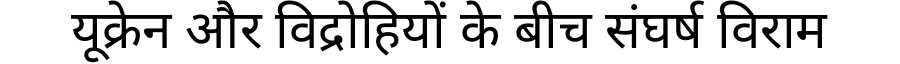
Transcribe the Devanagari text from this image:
यूक्रेन और विद्रोहियों के बीच संघर्ष विराम